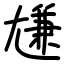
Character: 尲